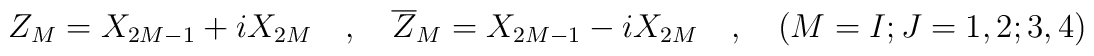
Z_M=X_{2M-1}+iX_{2M}\quad,\quad \overline{Z}_M=X_{2M-1}-iX_{2M}\quad,\quad(M=I;J=1,2; 3,4)